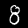
Digit: 8